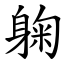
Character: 躹